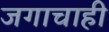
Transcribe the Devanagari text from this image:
जगाचाही